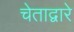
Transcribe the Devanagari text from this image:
चेताद्वारे